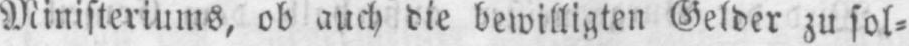
Ministeriums, ob auch die bewilligten Gelder zu sol⸗